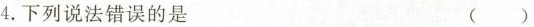
4.下列说法错误的是 ()